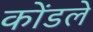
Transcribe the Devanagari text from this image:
कोंडले